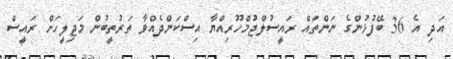
އަދި އެ 36 ބޭފުޅުންގެ ނަންތައް ރައީސުލްޖުމްހޫރިއްޔާ އިސްކަންދެއްވާ ތަރުތީބުން މަޖިލީހަށް ރައީސް